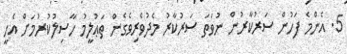
5. އެންމެ ފަހުން ސަރުކާރުން ނުވަތަ ސަރުކާރު މެދުވެރިވެގެން ތަޢުލީމު ހާސިލުކުރުމަށް އެހީ